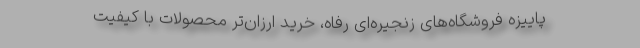
پاییزه فروشگاه‌های زنجیره‌ای رفاه، خرید ارزان‌تر محصولات با کیفیت